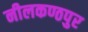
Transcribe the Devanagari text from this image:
नीलकण्ठपुर